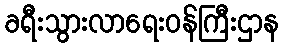
ခရီးသွားလာရေးဝန်ကြီးဌာန